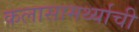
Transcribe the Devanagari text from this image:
कलासामर्थ्याची